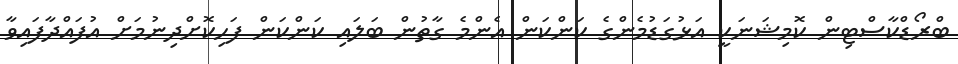
ބްރޯޑްކާސްޓިން ކޮމިޝަނަކީ އަޅުގަޑުމެންގެ ކަންކަން އެންމެ ގާތުން ބަލައި ކަންކަން ފަހިކޮށްދިނުމަށް އުފައްދާފައިވާ